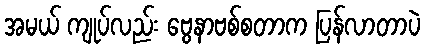
အမယ် ကျုပ်လည်း ဗွေနာဗစ်စတာက ပြန်လာတာပဲ